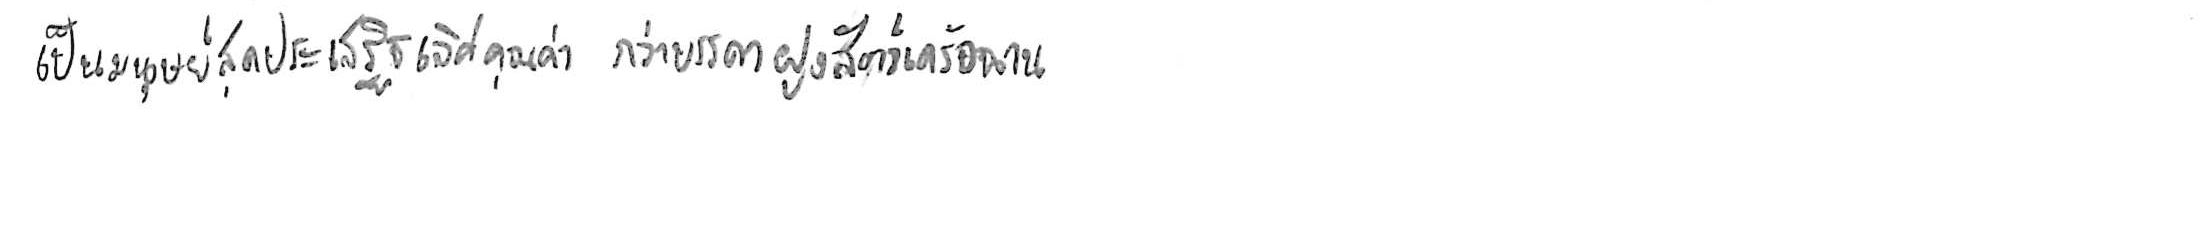
เป็นมนุษย์สุดประเสริฐเลิศคุณค่า กว่าบรรดาฝูงสัตว์เดรัจฉาน